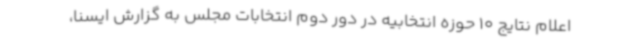
اعلام نتایج 10 حوزه انتخابیه در دور دوم انتخابات مجلس به گزارش ایسنا،